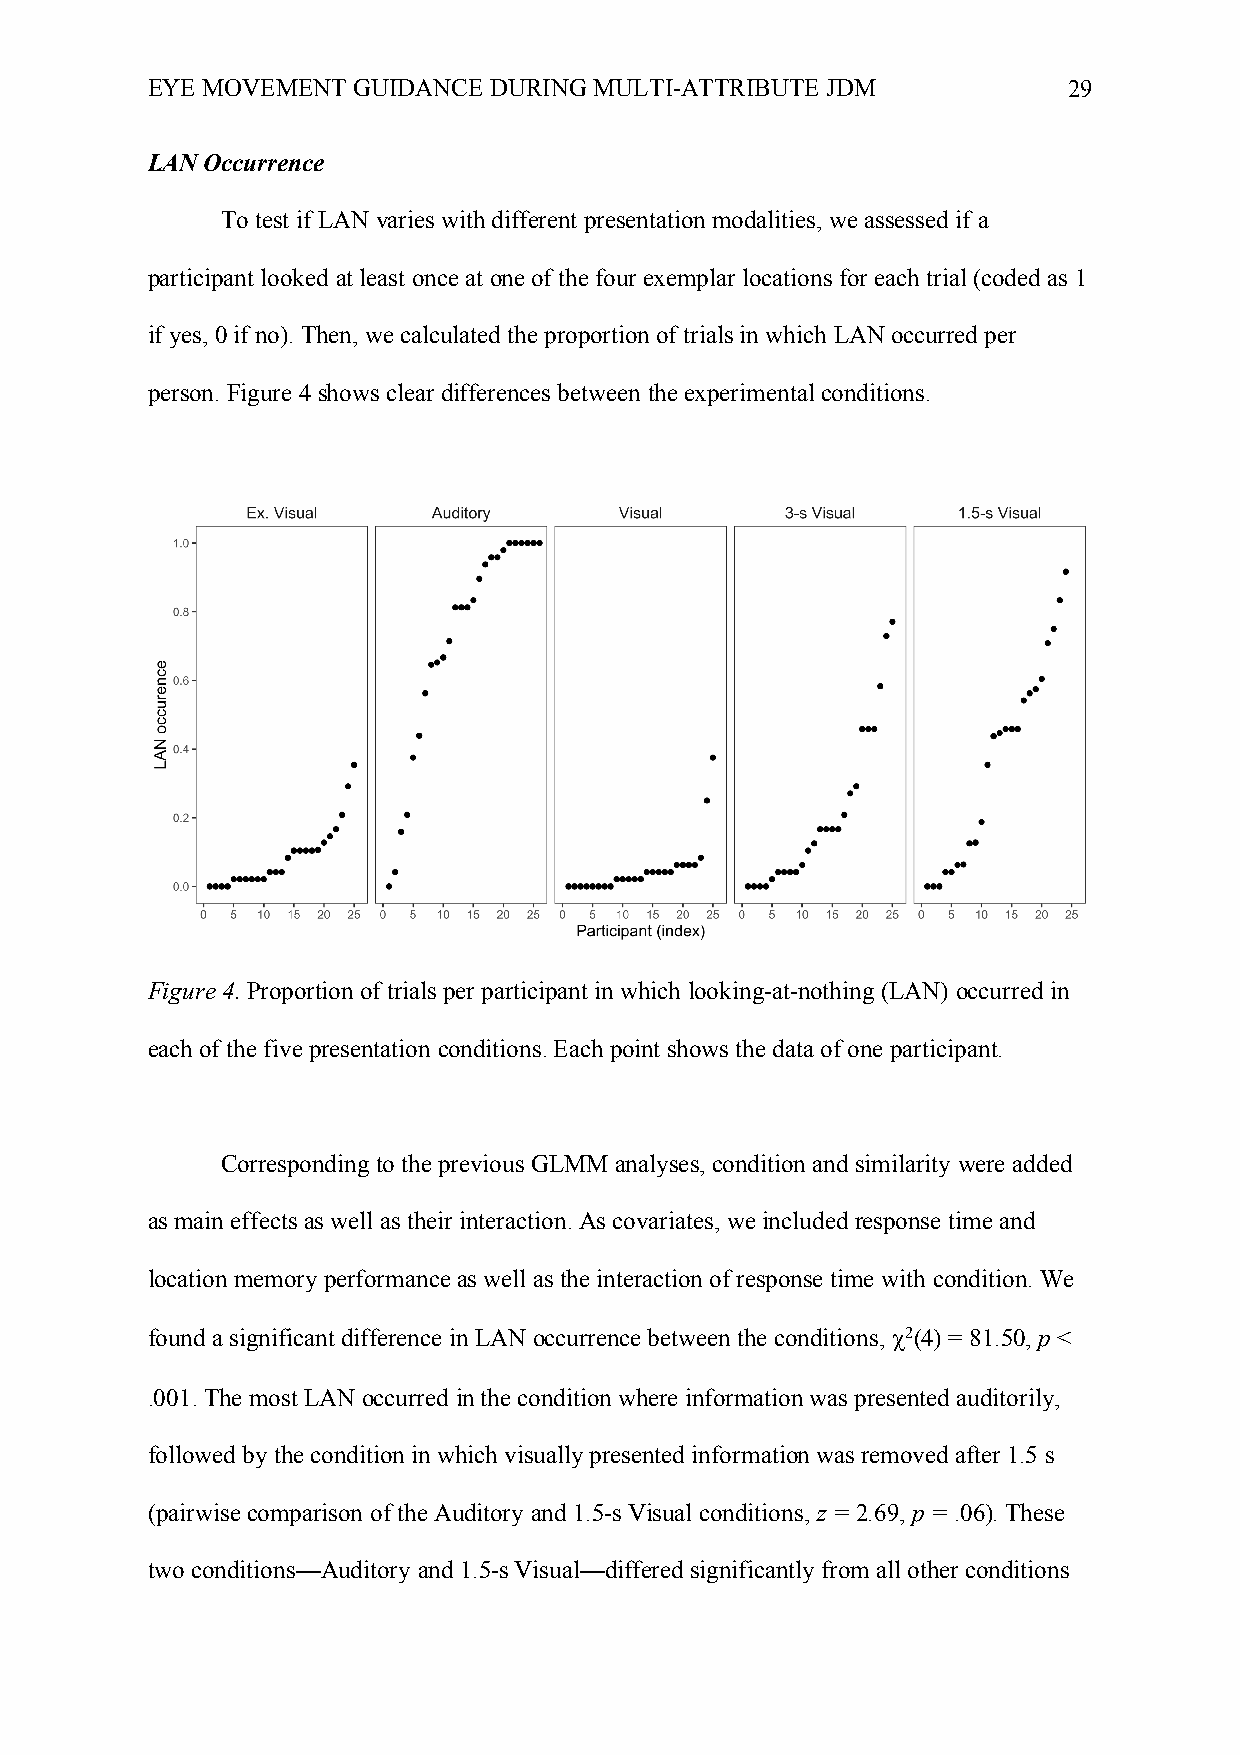
EYE MOVEMENT GUIDANCE DURING MULTI-ATTRIBUTE JDM             29
 LAN Occurrence
 To test if LAN varies with different presentation modalities, we assessed if a
 participant looked at least once at one of the four exemplar locations for each trial (coded as 1
 if yes, 0 if no). Then, we calculated the proportion of trials in which LAN occurred per
 person. Figure 4 shows clear differences between the experimental conditions.
 Figure 4. Proportion of trials per participant in which looking-at-nothing (LAN) occurred in
 each of the five presentation conditions. Each point shows the data of one participant.
 Corresponding to the previous GLMM analyses, condition and similarity were added
 as main effects as well as their interaction. As covariates, we included response time and
 location memory performance as well as the interaction of response time with condition. We
 found a significant difference in LAN occurrence between the conditions, c2(4) = 81.50, p <
 .001. The most LAN occurred in the condition where information was presented auditorily,
 followed by the condition in which visually presented information was removed after 1.5 s
 (pairwise comparison of the Auditory and 1.5-s Visual conditions, z = 2.69, p = .06). These
 two conditions—Auditory and 1.5-s Visual—differed significantly from all other conditions